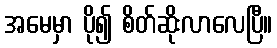
အမေမှာ ပို၍ စိတ်ဆိုးလာလေပြီ။